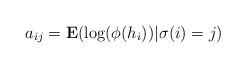
LaTeX: \begin{align*} a_{ij} = {\mathbf E}(\log(\phi( h_i ))|\sigma(i) = j)\end{align*}